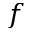
f